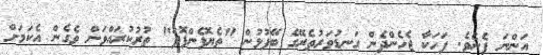
އަންނަ ފެނެވެ. ފަހަކާ ޖެހެންދެން ގަނޑުވަރުތެރޭގެ ބޭފުޅުން "ތެޔޮފެންފޮދު" ތުރުކުރައްވަން ވެގެން އެކަމަށް